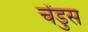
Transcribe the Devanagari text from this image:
चेंडुस